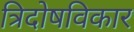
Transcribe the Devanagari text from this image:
त्रिदोषविकार